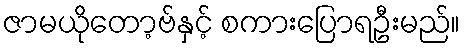
ဇာမယိုတော့ဗ်နှင့် စကားပြောရဦးမည်။